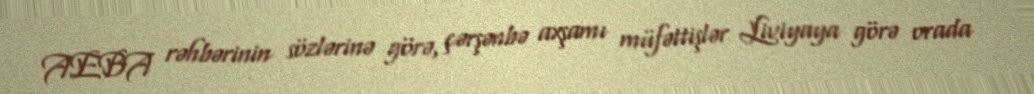
AEBA rəhbərinin sözlərinə görə, çərşənbə axşamı müfəttişlər Liviyaya görə orada